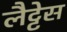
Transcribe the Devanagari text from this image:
लैट्टेस